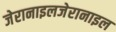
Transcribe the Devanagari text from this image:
जेरानाइलजेरानाइल